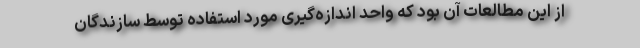
از این مطالعات آن بود که واحد اندازه‌گیری مورد استفاده توسط سازندگان